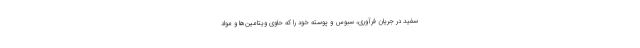
سفید در جریان فرآوری، سبوس و پوسته خود را که حاوی ویتامین‌ها و مواد